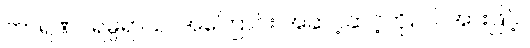
ကာရဏပရမ္ပရာယ၊ အကြောင်း အဆင့်ဆင့်ကို။ ဝါ၊ အားဖြင့်။